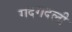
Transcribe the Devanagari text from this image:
गदगदली